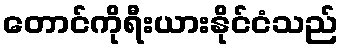
တောင်ကိုရီးယားနိုင်ငံသည်